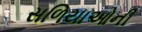
સળિયાઓની